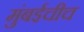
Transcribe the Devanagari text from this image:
मुंबईचीच